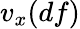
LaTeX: v_{x}(df)